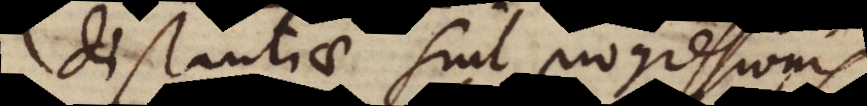
distantiae sint progressionis